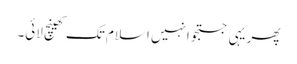
پھر یہی جستجو انہیں اسلام تک کھینچ لائی۔